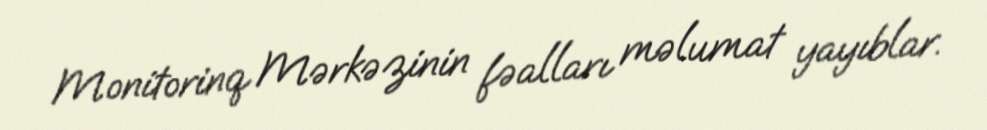
Monitorinq Mərkəzinin fəalları məlumat yayıblar.